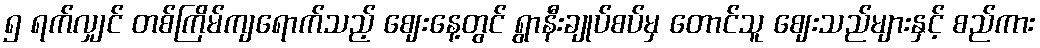
၅ ရက်လျှင် တစ်ကြိမ်ကျရောက်သည့် ဈေးနေ့တွင် ရွာနီးချုပ်စပ်မှ တောင်သူ ဈေးသည်များနှင့် စည်ကား